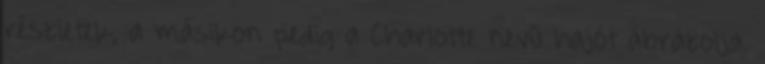
részletek, a másikon pedig a Charlotte nevű hajót ábrázolja.